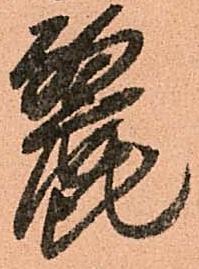
麗